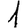
Digit: 1